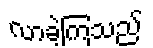
လာခဲ့ကြသည်